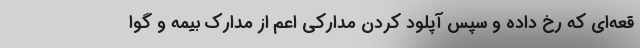
قعه‌ای که رخ داده و سپس آپلود کردن مدارکی اعم از مدارک بیمه و گوا